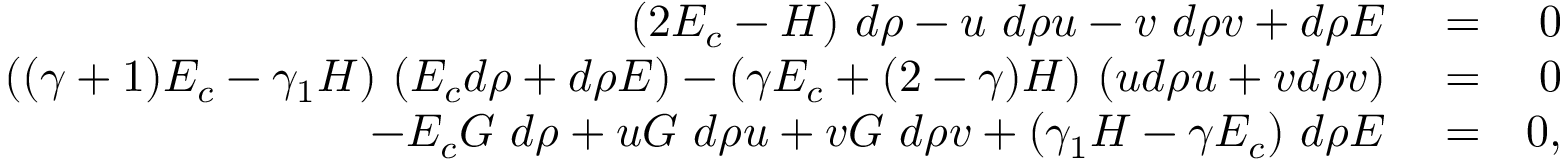
\begin{array} { r l r } { ( 2 E _ { c } - H ) ~ d \rho - u ~ d \rho u - v ~ d \rho v + d \rho E } & { { } = } & { 0 } \\ { ( ( \gamma + 1 ) E _ { c } - \gamma _ { 1 } H ) ~ ( E _ { c } d \rho + d \rho E ) - ( \gamma E _ { c } + ( 2 - \gamma ) H ) ~ ( u d \rho u + v d \rho v ) } & { { } = } & { 0 } \\ { - E _ { c } G ~ d \rho + u G ~ d \rho u + v G ~ d \rho v + ( \gamma _ { 1 } H - \gamma E _ { c } ) ~ d \rho E } & { { } = } & { 0 , } \end{array}